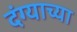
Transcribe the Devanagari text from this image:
दंग्याच्या